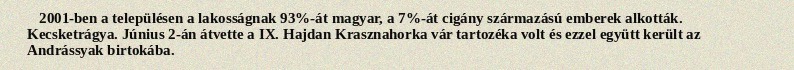
2001-ben a településen a lakosságnak 93%-át magyar, a 7%-át cigány származású emberek alkották. Kecsketrágya. Június 2-án átvette a IX. Hajdan Krasznahorka vár tartozéka volt és ezzel együtt került az Andrássyak birtokába.